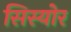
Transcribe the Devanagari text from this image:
सिस्योर